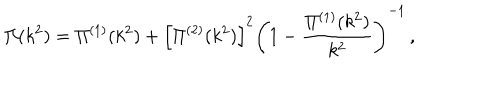
LaTeX: \Pi ( k ^ { 2 } ) = \Pi ^ { ( 1 ) } ( k ^ { 2 } ) + \left[ \Pi ^ { ( 2 ) } ( k ^ { 2 } ) \right] ^ { 2 } \left( 1 - \frac { \Pi ^ { ( 1 ) } ( k ^ { 2 } ) } { k ^ { 2 } } \right) ^ { - 1 } \, ,